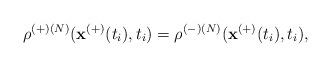
LaTeX: \begin{align*}\rho ^{(+)\left( N\right) }(\mathbf{x}^{\left( +\right) }(t_{i}),t_{i})=\rho^{(-)\left( N\right) }(\mathbf{x}^{(+)}(t_{i}),t_{i}), \end{align*}